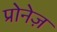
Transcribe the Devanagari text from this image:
प्रोनेज़